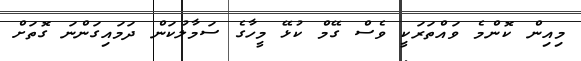
މިއިން ކޮންމެ ވައްތަރަކީ ވެސް ގޭމް ކުޅޭ މީހާގެ ސަމާލުކަން ދަމައިގަންނަ ގޮތަށް